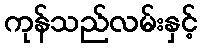
ကုန်သည်လမ်းနှင့်